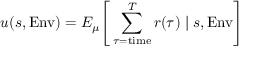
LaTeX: u ( s , \mathrm { E n v } ) = E _ { \mu } { \Bigg [ } \sum _ { \tau = { \mathrm { t i m e } } } ^ { T } r ( \tau ) \mid s , \mathrm { E n v } { \Bigg ] }